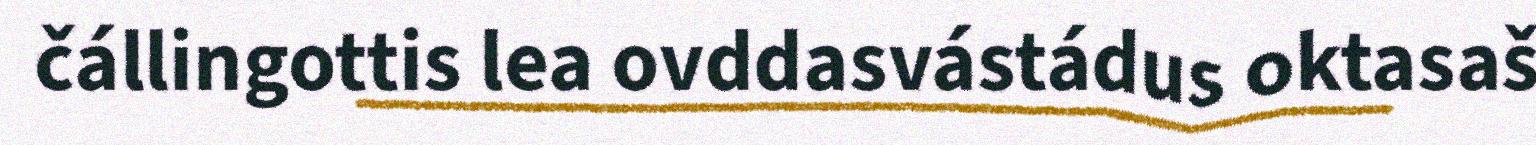
čállingottis lea ovddasvástádus oktasaš